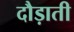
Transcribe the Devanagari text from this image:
दौड़ाती